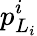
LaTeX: p_{L_{i}}^{i}